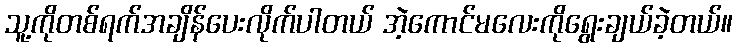
သူ့ကိုတစ်ရက်အချိန်ပေးလိုက်ပါတယ် အဲ့ကောင်မလေးကိုရွေးချယ်ခဲ့တယ်။